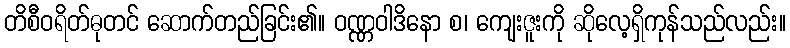
တိစီဝရိတ်ဓုတင် ဆောက်တည်ခြင်း၏။ ဝဏ္ဏဝါဒိနော စ၊ ကျေးဇူးကို ဆိုလေ့ရှိကုန်သည်လည်း။